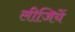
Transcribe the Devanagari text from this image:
लीजियें